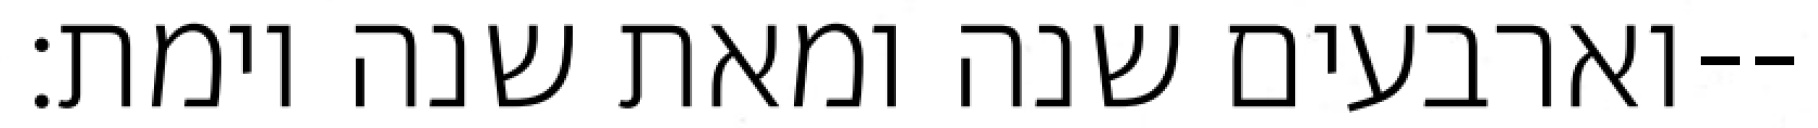
וארבעים שנה ומאת שנה וימת׃--